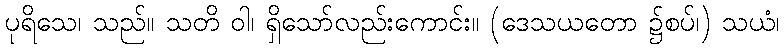
ပုရိသေ၊ သည်။ သတိ ဝါ၊ ရှိသော်လည်းကောင်း။ (ဒေသယတော ၌စပ်၊) သယံ၊